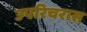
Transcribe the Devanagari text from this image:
उपरिचरास